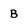
Character: B